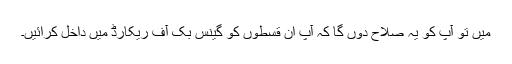
میں تو آپ کو یہ صلاح دوں گا کہ آپ ان قسطوں کو گینس بک آف ریکارڈ میں داخل کرائیں۔